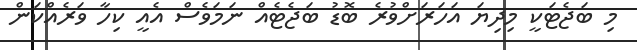
މި ބަޖެޓަކީ މިދިޔަ އަހަރަށްވުރެ ބޮޑު ބަޖެޓެއް ނަމަވެސް އެއީ ކިހާ ވަރެއްކަން